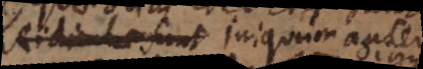
Ridiculae sunt Iniquum autem